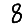
Digit: 8